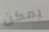
يمكن